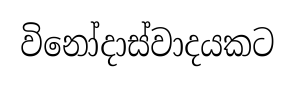
විනෝදාස්වාදයකට